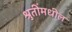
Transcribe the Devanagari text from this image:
श्रुतींमधील